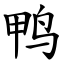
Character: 鸭